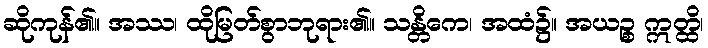
ဆိုကုန်၏။ အဿ၊ ထိုမြတ်စွာဘုရား၏။ သန္တိကေ၊ အထံ၌။ အယဉ္စ ဣတ္ထိ၊